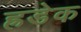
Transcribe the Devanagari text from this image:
ह्रडेक